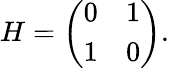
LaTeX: H=\left(\begin{array}{cc}{{0}}&{{1}}\\ {{1}}&{{0}}\end{array}\right).